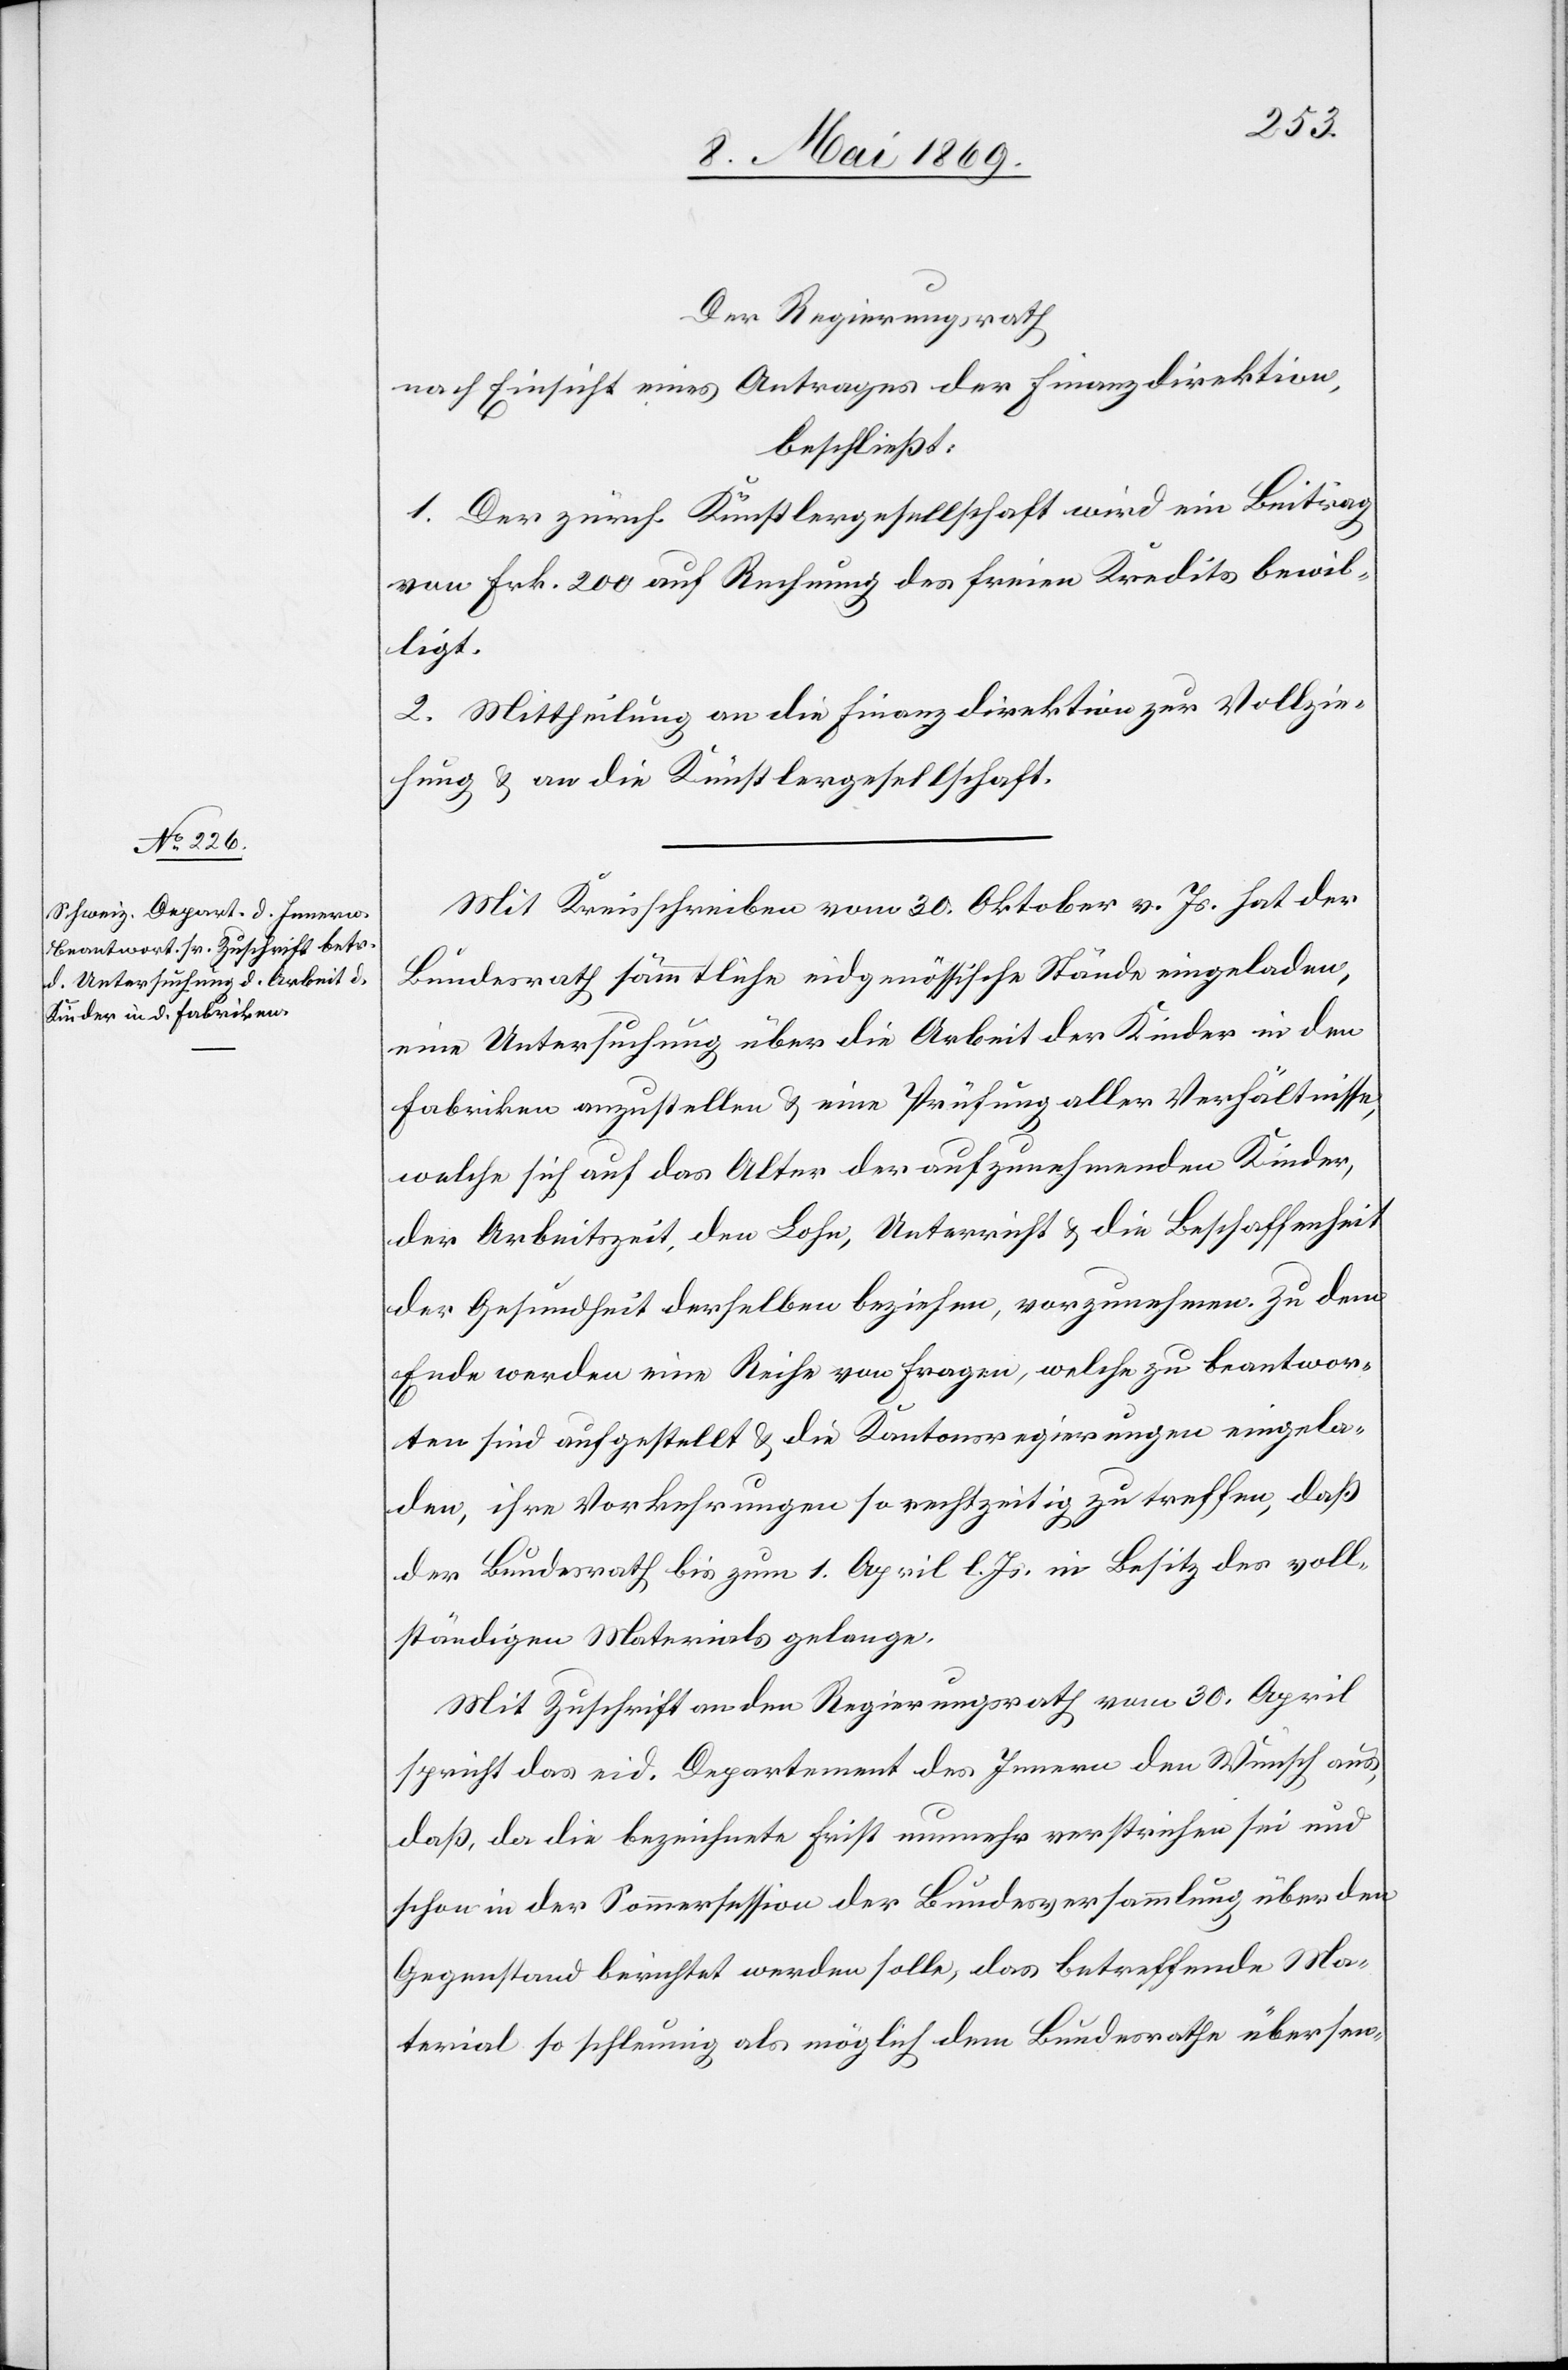
Der Regierungsrath,
nach Einsicht eines Antrages der Finanzdirektion,
beschließt:
1. Der zürch. Künstlergesellschaft wird ein Beitrag
von Frk. 200 auf Rechnung des freien Kredits bewil¬
ligt.
2. Mittheilung an die Finanzdirektion zur Vollzie¬
hung u. an die Künstlergesellschaft.
Mit Kreisschreiben vom 30. Oktober v. Js. hat der
Bundesrath sämmtliche eidgenössische Stände eingeladen,
eine Untersuchung über die Arbeit der Kinder in den
Fabriken anzustellen u. eine Prüfung aller Verhältnisse,
welche sich auf das Alter der aufzunehmenden Kinder,
der Arbeitszeit, den Lohn, Unterricht u. die Beschaffenheit
der Gesundheit derselben beziehen, vorzunehmen. Zu dem
Ende werden eine Reihe von Fragen, welche zu beantwor¬
ten sind aufgestellt u. die Kantonsregierungen eingela¬
den, ihre Vorkehrungen so rechtzeitig zu treffen, daß
der Bundesrath bis zum 1. April in Besitz des voll¬
ständigen Materials gelange.
Mit Zuschrift an den Regierungsrath vom 30. April
spricht das eid. Departement des Innern den Wunsch aus
daß, da die bezeichnete Frist nunmehr verstrichen sei und
schon in der Sommersession der Bundesversammlung über den
Gegenstand berichtet werden solle, das betreffende Ma¬
terial so schleunig als möglich dem Bundesrathe übersen-